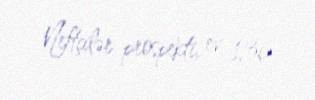
Neftçilər prospekti, ev 136